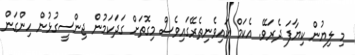
މި ލިޔުން ކިޔާފަ ދެރަވޭ. އެކަމް ކައިވެނިތެރޭގައިވެސް މިގޮތަށް ގަދަކަމުން ޖިންސީގުޅުން ހިންގަން